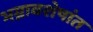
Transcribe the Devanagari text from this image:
भग्नावशेषांत